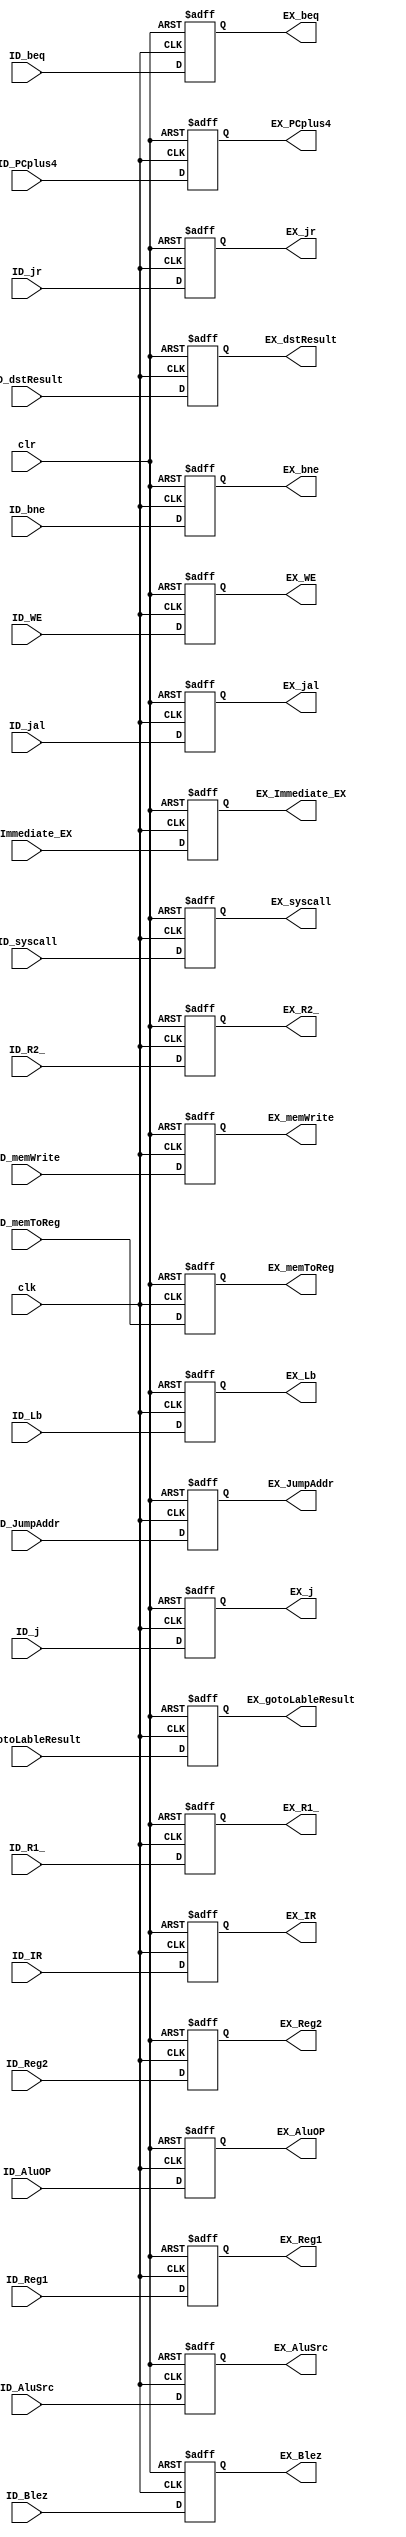
`timescale 1ns / 1ps
//////////////////////////////////////////////////////////////////////////////////
// Company:
// Engineer:
//
// Design Name:
// Module Name: ID_EX
// Project Name:
// Target Devices:
// Tool Versions:
// Description:
//
// Dependencies:
//
// Revision:
// Revision 0.01 - File Created
// Additional Comments:
//
//////////////////////////////////////////////////////////////////////////////////


module ID_EX(ID_syscall, ID_jr, ID_jal, ID_j, ID_bne, ID_beq, ID_memToReg, ID_memWrite, ID_WE, ID_AluSrc, ID_AluOP, ID_Lb, ID_Blez, ID_dstResult, ID_gotoLableResult, ID_R1_, ID_R2_, ID_JumpAddr, ID_IR, ID_Reg1, ID_Reg2, ID_Immediate_EX, ID_PCplus4, clk, clr, EX_syscall, EX_jr, EX_jal, EX_j, EX_bne, EX_beq, EX_memToReg, EX_memWrite, EX_WE, EX_AluSrc, EX_AluOP, EX_Lb, EX_Blez, EX_dstResult, EX_gotoLableResult, EX_R1_, EX_R2_, EX_JumpAddr, EX_IR, EX_Reg1, EX_Reg2, EX_Immediate_EX, EX_PCplus4);
input [31:0] ID_gotoLableResult, ID_JumpAddr, ID_IR, ID_Reg1, ID_Reg2, ID_Immediate_EX, ID_PCplus4;
input [4:0] ID_dstResult, ID_R1_, ID_R2_;
input [3:0] ID_AluOP;
input ID_syscall, ID_jr, ID_jal, ID_j, ID_bne, ID_beq, ID_memToReg, ID_memWrite, ID_WE, ID_Lb, ID_Blez, clk, clr, ID_AluSrc;
output reg [31:0] EX_gotoLableResult, EX_JumpAddr, EX_IR, EX_Reg1, EX_Reg2, EX_Immediate_EX, EX_PCplus4;
output reg [4:0] EX_dstResult, EX_R1_, EX_R2_;
output reg [3:0] EX_AluOP;
output reg EX_syscall, EX_jr, EX_jal, EX_j, EX_bne, EX_beq, EX_memToReg, EX_memWrite, EX_WE, EX_Lb, EX_Blez, EX_AluSrc;
always @ (posedge clk or posedge clr) begin
    if (clr) begin
        EX_syscall         = 0;
        EX_jr              = 0;
        EX_jal             = 0;
        EX_j               = 0;
        EX_bne             = 0;
        EX_beq             = 0;
        EX_memToReg        = 0;
        EX_memWrite        = 0;
        EX_WE              = 0;
        EX_AluSrc          = 0;
        EX_AluOP           = 0;
        EX_Lb              = 0;
        EX_Blez            = 0;
        EX_dstResult       = 0;
        EX_gotoLableResult = 0;
        EX_R1_             = 0;
        EX_R2_             = 0;
        EX_JumpAddr        = 0;
        EX_IR              = 0;
        EX_Reg1            = 0;
        EX_Reg2            = 0;
        EX_Immediate_EX    = 0;
        EX_PCplus4         = 0;
    end else begin
        EX_syscall         = ID_syscall;
        EX_jr              = ID_jr;
        EX_jal             = ID_jal;
        EX_j               = ID_j;
        EX_bne             = ID_bne;
        EX_beq             = ID_beq;
        EX_memToReg        = ID_memToReg;
        EX_memWrite        = ID_memWrite;
        EX_WE              = ID_WE;
        EX_AluSrc          = ID_AluSrc;
        EX_AluOP           = ID_AluOP;
        EX_Lb              = ID_Lb;
        EX_Blez            = ID_Blez;
        EX_dstResult       = ID_dstResult;
        EX_gotoLableResult = ID_gotoLableResult;
        EX_R1_             = ID_R1_;
        EX_R2_             = ID_R2_;
        EX_JumpAddr        = ID_JumpAddr;
        EX_IR              = ID_IR;
        EX_Reg1            = ID_Reg1;
        EX_Reg2            = ID_Reg2;
        EX_Immediate_EX    = ID_Immediate_EX;
        EX_PCplus4         = ID_PCplus4;
    end
end


endmodule
/*
module ID_EX(ID_syscall, ID_jr, ID_jal, ID_j, ID_bne, ID_beq, ID_memToReg, ID_memWrite, ID_WE, ID_AluSrc, ID_AluOP, ID_Lb, ID_Blez, ID_dstResult, ID_gotoLableResult, ID_R1_, ID_R2_, ID_JumpAddr, ID_IR, ID_Reg1, ID_Reg2, ID_Immediate_EX, ID_PCplus4, clk, clr, EX_syscall, EX_jr, EX_jal, EX_j, EX_bne, EX_beq, EX_memToReg, EX_memWrite, EX_WE, EX_AluSrc, EX_AluOP, EX_Lb, EX_Blez, EX_dstResult, EX_gotoLableResult, EX_R1_, EX_R2_, EX_JumpAddr, EX_IR, EX_Reg1, EX_Reg2, EX_Immediate_EX, EX_PCplus4);
input [31:0] ID_gotoLableResult, ID_JumpAddr, ID_IR, ID_Reg1, ID_Reg2, ID_Immediate_EX, ID_PCplus4;
input [4:0] ID_dstResult, ID_R1_, ID_R2_;
input [3:0] ID_AluOP;
input ID_syscall, ID_jr, ID_jal, ID_j, ID_bne, ID_beq, ID_memToReg, ID_memWrite, ID_WE, ID_Lb, ID_Blez, clk, clr, ID_AluSrc;
output [31:0] EX_gotoLableResult, EX_JumpAddr, EX_IR, EX_Reg1, EX_Reg2, EX_Immediate_EX, EX_PCplus4;
output [4:0] EX_dstResult, EX_R1_, EX_R2_;
output [3:0] EX_AluOP;
output EX_syscall, EX_jr, EX_jal, EX_j, EX_bne, EX_beq, EX_memToReg, EX_memWrite, EX_WE, EX_Lb, EX_Blez, EX_AluSrc;
wire en;
assign en = (1);

register32 regLableResult(ID_gotoLableResult, en, clk, EX_gotoLableResult, clr);
register32 regJAddr(ID_JumpAddr, en, clk, EX_JumpAddr, clr);
register32 regIR(ID_IR, en, clk, EX_IR, clr);
register32 regReg1(ID_Reg1, en, clk, EX_Reg1, clr);
register32 regReg2(ID_Reg1, en, clk, EX_Reg2, clr);
register32 regImme(ID_Immediate_EX, en, clk, EX_Immediate_EX, clr);
register32 regPC4(ID_PCplus4, en, clk, EX_PCplus4, clr);
register5 regDst(ID_dstResult, en, clk, EX_dstResult, clr);
register5 regR1_(ID_R1_, en, clk, EX_R1_, clr);
register5 regR2_(ID_R2_, en, clk, EX_R2_, clr);
register4 regAluOp(ID_AluOP, en, clk, EX_AluOP, clr);
register1 regSyscall(ID_syscall, en, clk, EX_syscall, clr);
register1 regJr(ID_jr, en, clk, EX_jr, clr);
register1 regJal(ID_jal, en, clk, EX_jal, clr);
register1 regJ(ID_j, en, clk, EX_j, clr);
register1 regBne(ID_bne, en, clk, EX_bne, clr);
register1 regBeq(ID_beq, en, clk, EX_beq, clr);
register1 regMtoReg(ID_memToReg, en, clk, EX_memToReg, clr);
register1 regMWrite(ID_memWrite, en, clk, EX_memWrite, clr);
register1 regWE(ID_WE, en, clk, EX_WE, clr);
register1 regLb(ID_Lb, en, clk, EX_Lb, clr);
register1 regBlez(ID_Blez, en, clk, EX_Blez, clr);

endmodule
*/